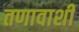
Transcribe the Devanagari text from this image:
तणावाशी